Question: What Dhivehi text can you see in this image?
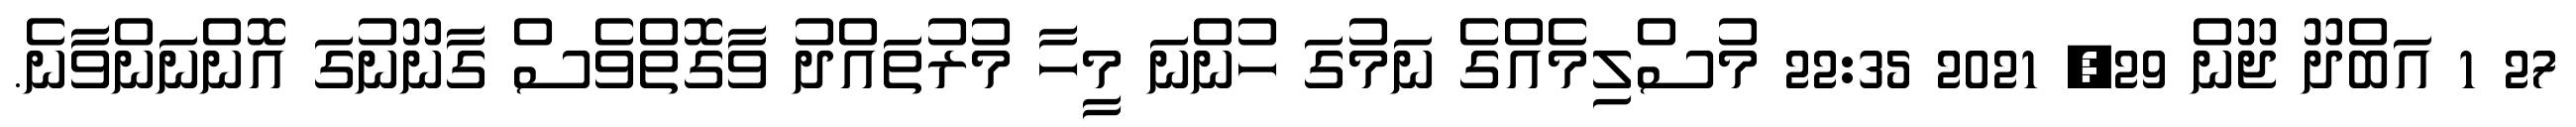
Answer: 27 1 އަބްދޫ ޖޫން 29, 2021 22:35 މުސްލިމެއްގެ ނަމުގަ ހުންނަ މީހާ މުރުތައްދު ވާގޮތްވެސް ގާނޫނުގަ އޮންނަންވާނެ.